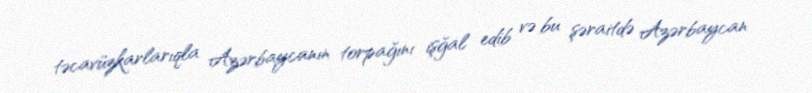
təcavüzkarlarıqla Azərbaycanın torpağını işğal edib və bu şəraitdə Azərbaycan